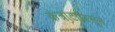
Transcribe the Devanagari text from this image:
कंत्राटापासून